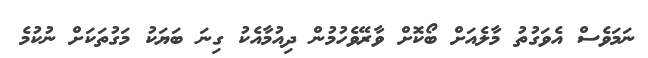
ނަމަވެސް އެވަގުތު މާލެއަށް ބޯކޮށް ވާރޭވެހުމުން ދިއުމާއެކު ގިނަ ބަޔަކު މަގުތަކަށް ނުކުމެ